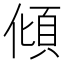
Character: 傾